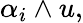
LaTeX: \alpha_{i}\wedge u,